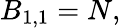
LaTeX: B_{1,1}=N,